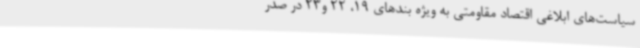
سیاست‌های ابلاغی اقتصاد مقاومتی به ویژه بندهای 19، 22 و23 در صدر